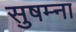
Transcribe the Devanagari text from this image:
सुषम्ना